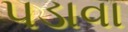
પડાવા